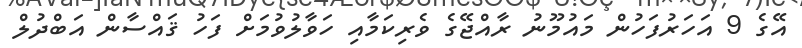
އޭގެ 9 އަހަރުފަހުން މައުމޫނު ރާއްޖޭގެ ވެރިކަމާއި ހަވާލުވުމަށް ފަހު ޤައްސާން އަބްދުލް